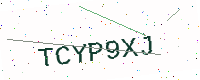
Text: TCYP9XJ